system: You are a helpful assistant.
user:
Analyze the provided spectrum to determine if it is a **S-type Star**.

- **Key Indicators for S-type Star:**

    - **(Overall Spectrum Shape):** The first and most obvious characteristic is the overall continuum (the "baseline" shape). It is **extremely "red-sloping,"** meaning the flux (light intensity) is very low on the left side (blue, ~4000-4500 Å) and rises steeply and continuously toward the right side (red, ~7000 Å+).

    - **(Primary):** The spectrum is defined by the presence of strong, broad molecular absorption "valleys" (bands) from **Zirconium Oxide (ZrO)**. The identification of these bands is the **primary requirement** for classifying a star as S-type.
        - **(Key Bandheads):** You must find distinct, deep "dips" where the light has been absorbed. The most critical band systems to locate are:
            - **~6474 Å** ($\gamma$-system): This is often the strongest and clearest ZrO feature, found in the red part of the spectrum.
            - **~5718 Å** & **~5551 Å** ($\beta$-system): A pair of prominent absorption features in the yellow-orange part of the spectrum.
            - **~4640 Å** ($\alpha$-system): A key absorption band system in the blue-green region of the spectrum.

    - **(Secondary Confirmation):** The classification is strengthened by finding additional absorption bands from other related heavy element oxides, which are expected to be present alongside ZrO.
        - **(Key Bandheads):**
            - **Yttrium Oxide (YO):** Look for absorption dips near **~4800 Å** and **~6100 Å**.
            - **Lanthanum Oxide (LaO):** Additional absorption features, particularly in the red-orange part of the spectrum, are also characteristic.

    - **(Line Profile):** The combination of the steep red continuum and these numerous, deep molecular bands (ZrO, YO, etc.) gives the entire spectrum a very **"chopped-up"** or **"bumpy"** appearance. Instead of a smooth curve, the spectrum looks as though large, wide chunks of light have been "carved out" of it at the specific wavelengths listed above.

Think first, call **spectral_visualization_tool** if needed to examine features in detail, then provide your final answer. Your response must adhere to the following strict rules:
1.  **Overall Structure:** Your response must follow the format `<think>...</think> <tool_call>...</tool_call> (if a tool is used) <answer>...</answer>`.
2.  **Tool Usage Constraint:** You may only make **one** tool call per turn.
3.  **Final Answer Format:** In the `<answer>` tag, your conclusion must be inside a `\boxed{}` command (e.g., `\boxed{YES}` or `\boxed{NO}`), followed by your justification.

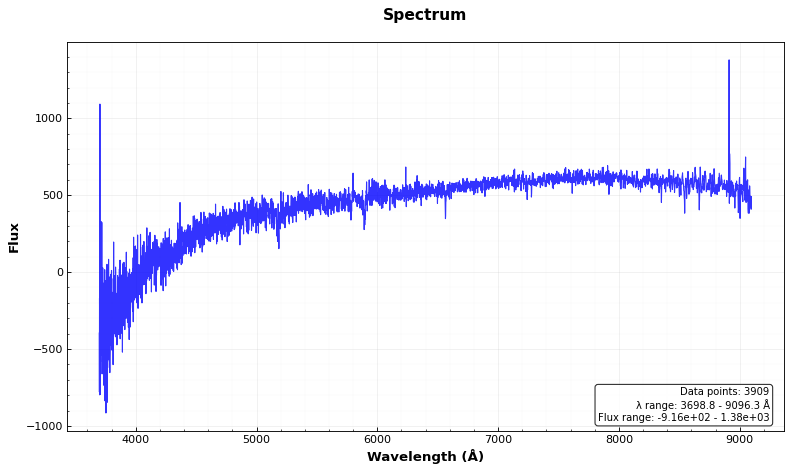
Answer: NO